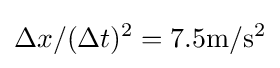
\Delta x/(\Delta t)^{2}=7.5{\text{m}}/{\text{s}}^{2}